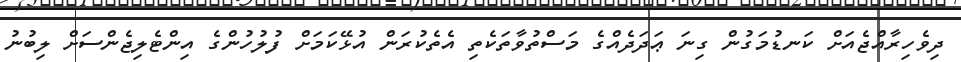
ދިވެހިރާއްޖެއަށް ކަނޑުމަގުން ގިނަ ޢަދަދެއްގެ މަސްތުވާތަކެތި އެތެކުރަން އުޅޭކަމަށް ފުލުހުންގެ އިންޓެލިޖެންސަށް ލިބުނު